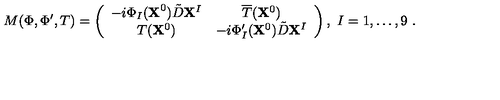
M ( \Phi , \Phi ^ { \prime } , T ) = \left( \begin{array} { c c } { - i \Phi _ { I } ( { \bf X } ^ { 0 } ) \tilde { D } { \bf X } ^ { I } } & { \overline { { T } } ( { \bf X } ^ { 0 } ) } \\ { T ( { \bf X } ^ { 0 } ) } & { - i \Phi _ { I } ^ { \prime } ( { \bf X } ^ { 0 } ) \tilde { D } { \bf X } ^ { I } } \\ \end{array} \right) , \ I = 1 , \dots , 9 \ .